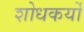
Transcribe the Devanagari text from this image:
शोधकर्यों